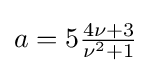
a=5{\tfrac {4\nu +3}{\nu ^{2}+1}}